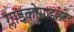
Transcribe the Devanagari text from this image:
ग्लाइकोसाइलेटेड